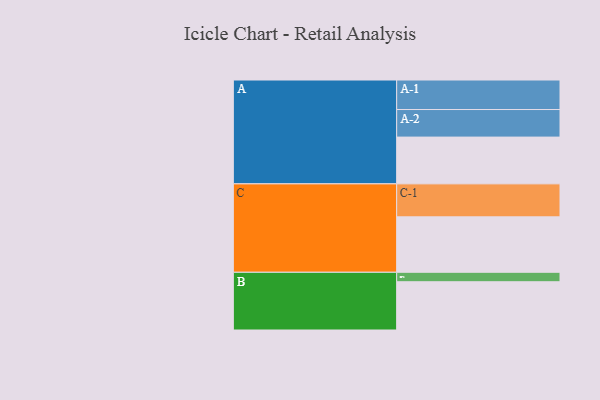
{"axis": {"x": "Segment", "y": "Value"}, "legend": ["", "A", "B", "C"], "data": [{"x": "A", "y": 312, "type": ""}, {"x": "B", "y": 322, "type": ""}, {"x": "C", "y": 370, "type": ""}, {"x": "A-1", "y": 197, "type": "A"}, {"x": "A-2", "y": 184, "type": "A"}, {"x": "B-1", "y": 63, "type": "B"}, {"x": "C-1", "y": 220, "type": "C"}]}